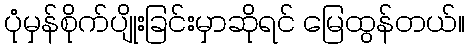
ပုံမှန်စိုက်ပျိုးခြင်းမှာဆိုရင် မြေထွန်တယ်။